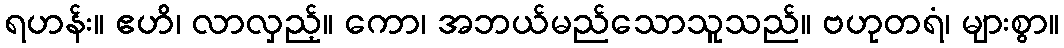
ရဟန်း။ ဧဟိ၊ လာလှည့်။ ကော၊ အဘယ်မည်သောသူသည်။ ဗဟုတရံ၊ များစွာ။